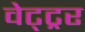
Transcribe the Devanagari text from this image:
वेट्ट्रर